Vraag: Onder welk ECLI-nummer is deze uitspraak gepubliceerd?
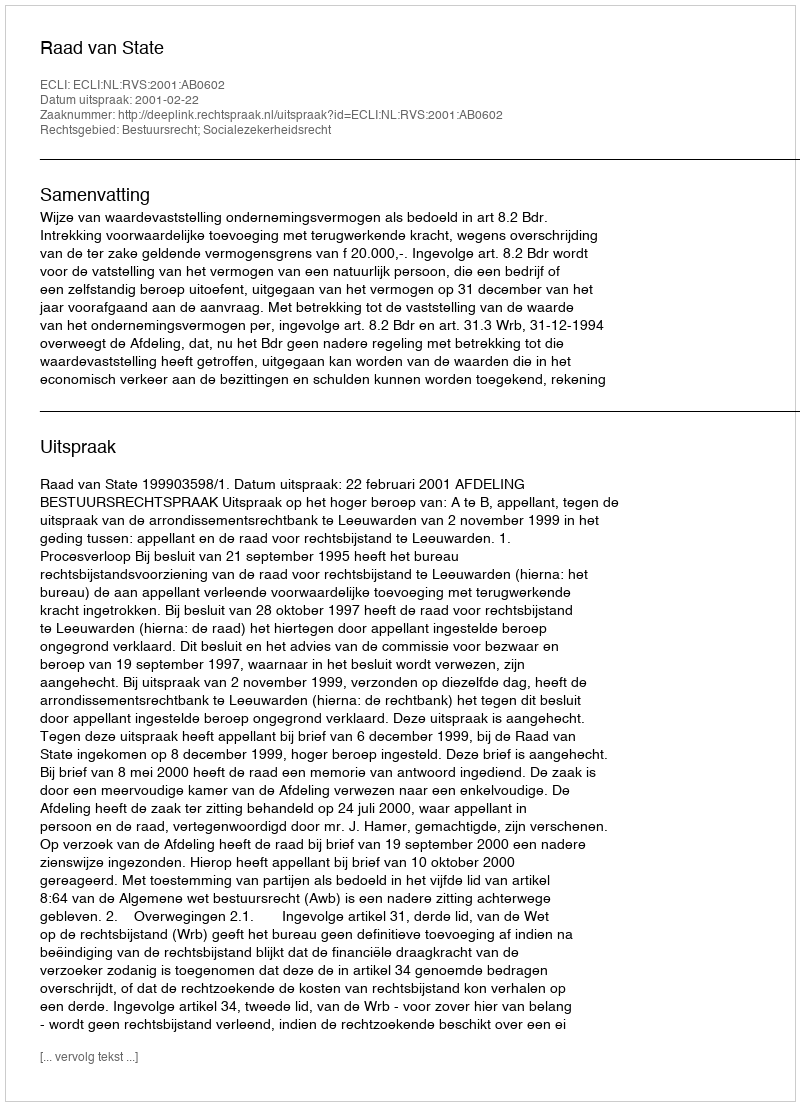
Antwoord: ECLI:NL:RVS:2001:AB0602